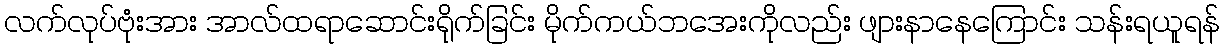
လက်လုပ်ဗုံးအား အာလ်ထရာဆောင်းရိုက်ခြင်း မိုက်ကယ်ဘအေးကိုလည်း ဖျားနာနေကြောင်း သန်းရယူရန်